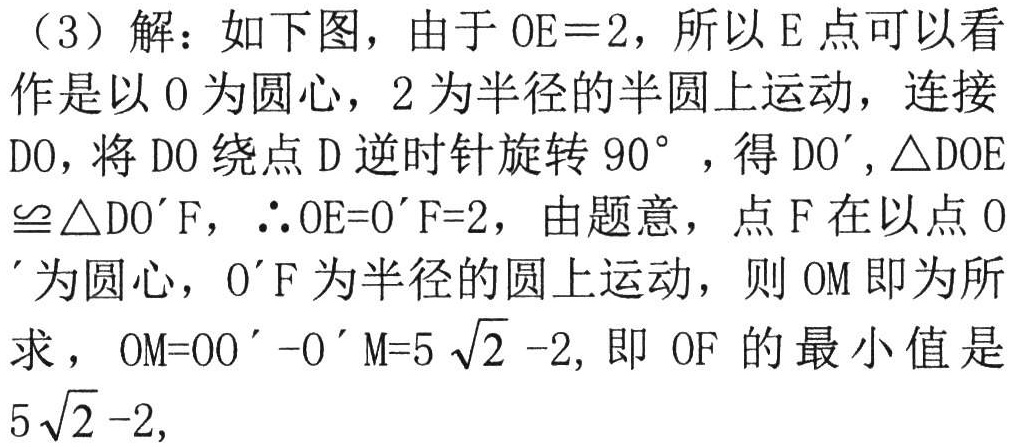
（3）解：如下图，由于 \(OE = 2\)，所以 \(E\) 点可以看作是以 \(O\) 为圆心，\(2\) 为半径的半圆上运动，连接 \(DO\)，将 \(DO\) 绕点 \(D\) 逆时针旋转 \(90^{\circ}\)，得 \(DO'\)，\(\triangle DOE\cong\triangle DO'F\)，\(\therefore OE = O'F = 2\)，由题意，点 \(F\) 在以点 \(O'\) 为圆心，\(O'F\) 为半径的圆上运动，则 \(OM\) 即为所求，\(OM = OO' - O'M = 5\sqrt{2}-2\)，即 \(OF\) 的最小值是 \(5\sqrt{2}-2\)，